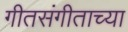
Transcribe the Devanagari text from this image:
गीतसंगीताच्या